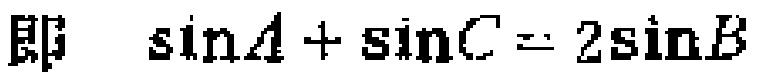
即 $\sin A + \sin C = 2\sin B$